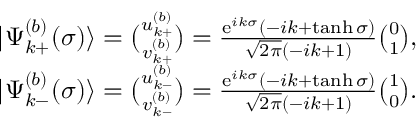
\begin{array} { r l } & { | \Psi _ { k + } ^ { ( b ) } ( \sigma ) \rangle = \binom { u _ { k + } ^ { ( b ) } } { v _ { k + } ^ { ( b ) } } = \frac { \mathrm { e } ^ { i k \sigma } ( - i k + \operatorname { t a n h } \sigma ) } { \sqrt { 2 \pi } ( - i k + 1 ) } \binom { 0 } { 1 } , } \\ & { | \Psi _ { k - } ^ { ( b ) } ( \sigma ) \rangle = \binom { u _ { k - } ^ { ( b ) } } { v _ { k - } ^ { ( b ) } } = \frac { \mathrm { e } ^ { i k \sigma } ( - i k + \operatorname { t a n h } \sigma ) } { \sqrt { 2 \pi } ( - i k + 1 ) } \binom { 1 } { 0 } . } \end{array}